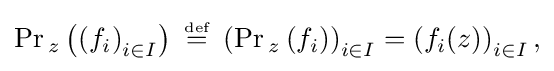
{\textstyle \Pr {}_{z}\left(\left(f_{i}\right)_{i\in I}\right)~{\stackrel {\scriptscriptstyle {\text{def}}}{=}}~\left(\Pr {}_{z}\left(f_{i}\right)\right)_{i\in I}=\left(f_{i}(z)\right)_{i\in I},}